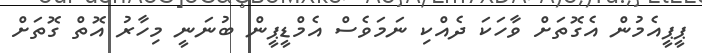
ޕީޕީއެމުން އެގޮތަށް ވާހަކަ ދެއްކި ނަމަވެސް އެމްޑީޕީން ބުނަނީ މިހާރު އޮތް ގޮތަށް